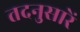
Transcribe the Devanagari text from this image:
तदनुसारें